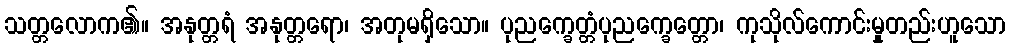
သတ္တလောက၏။ အနုတ္တရံ အနုတ္တရော၊ အတုမရှိသော။ ပုညက္ခေတ္တံပုညက္ခေတ္တော၊ ကုသိုလ်ကောင်းမှုတည်းဟူသော